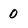
Character: 0